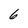
Character: 6